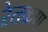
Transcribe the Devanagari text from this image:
रेतकण